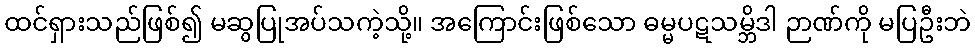
ထင်ရှားသည်ဖြစ်၍ မဆွပြုအပ်သကဲ့သို့။ အကြောင်းဖြစ်သော ဓမ္မပဋသမ္ဘိဒါ ဉာဏ်ကို မပြဦးဘဲ